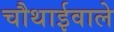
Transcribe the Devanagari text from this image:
चौथाईवाले